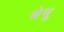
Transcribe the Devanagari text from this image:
धेनू